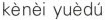
kènèi yuèdú